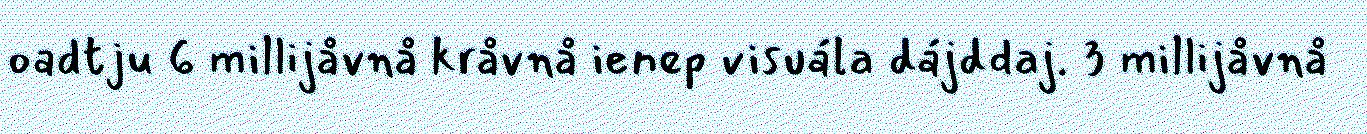
oadtju 6 millijåvnå kråvnå ienep visuála dájddaj. 3 millijåvnå